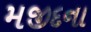
મજીદના